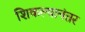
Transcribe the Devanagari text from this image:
शिकल्यानंतर